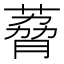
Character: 𫉆